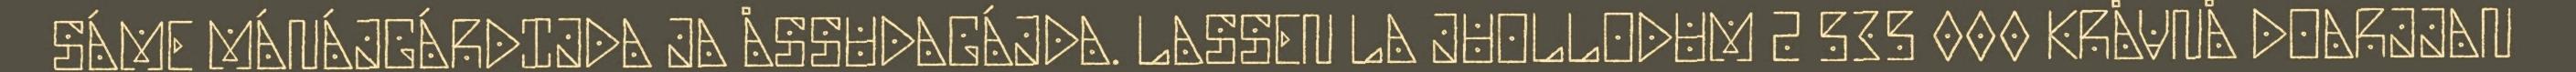
SÁME MÁNÁJGÁRDIJDA JA ÅSSUDAGÁJDA. LASSEN LA JUOLLODUM 2 535 000 KRÅVNÅ DOARJJAN